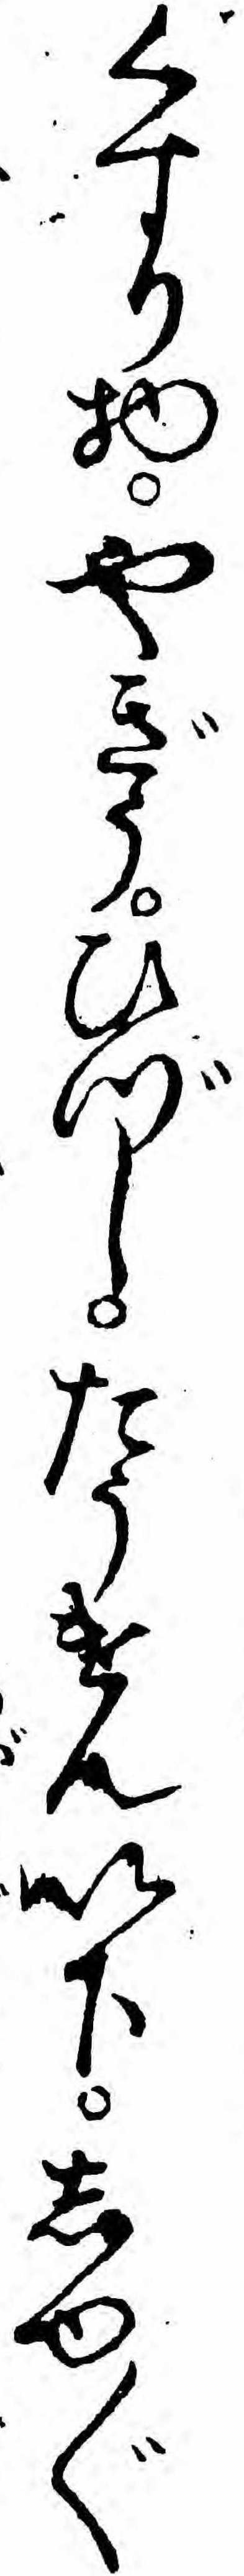
くすり物やぎうひづしたうけん以下しゆ〲